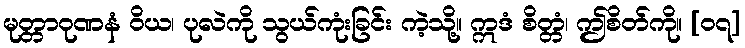
မုတ္တာဝုဏနံ ဝိယ၊ ပုလဲကို သွယ်ကုံးခြင်း ကဲ့သို့။ ဣဒံ စိတ္တံ၊ ဤစိတ်ကို။ [၀၇]